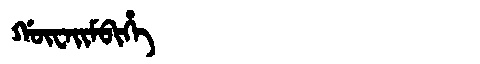
Manchu: ᡤᡡᠸᠠᡳᠮᠪᡳᡥᡝ
Romanization: GŪWAIMBIHE